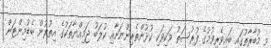
މި މުބާރާތުގައި ބައިވެރިވުމުގެ ފުރުސަތު ވަކިވަކި ކުޅުންތެރިންނަށާއި ކުލަބު ޖަމިއްޔާތަކުގެ އިތުރުން ބެޑުމިންޓަން